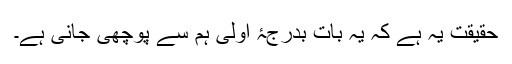
حقیقت یہ ہے کہ یہ بات بدرجۂ اولیٰ ہم سے پوچھی جانی ہے۔